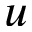
u